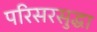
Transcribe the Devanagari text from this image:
परिसरसुद्धा